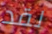
لقد